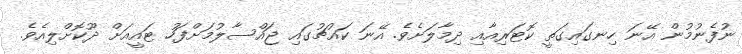
ނުފެނުމުން އޭނަ ހިނގައިގަތީ ކޮޓަރިއާއި ދިމާލަށެވެ. އޭނަ ކައުޗުގައި ޖައްސާލުމަށްފަހު ޓައީއަށް ދޫކޮށްލިއެވެ.